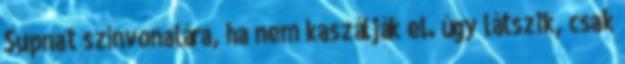
Supnat színvonalára, ha nem kaszálják el. úgy látszik, csak